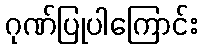
ဂုဏ်ပြုပါကြောင်း